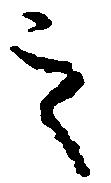
之